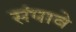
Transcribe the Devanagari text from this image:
संपावे